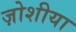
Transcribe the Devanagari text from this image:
ज़ोशीया